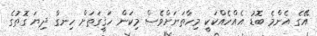
އޭގެ އެންމެ ބޮޑު އެއްހެއްކަކީ މިހާތަނަށްވެސް މިކަން ހަޤީގަތަށް ހިނގާ ދިޔަ ގޮތުގެ